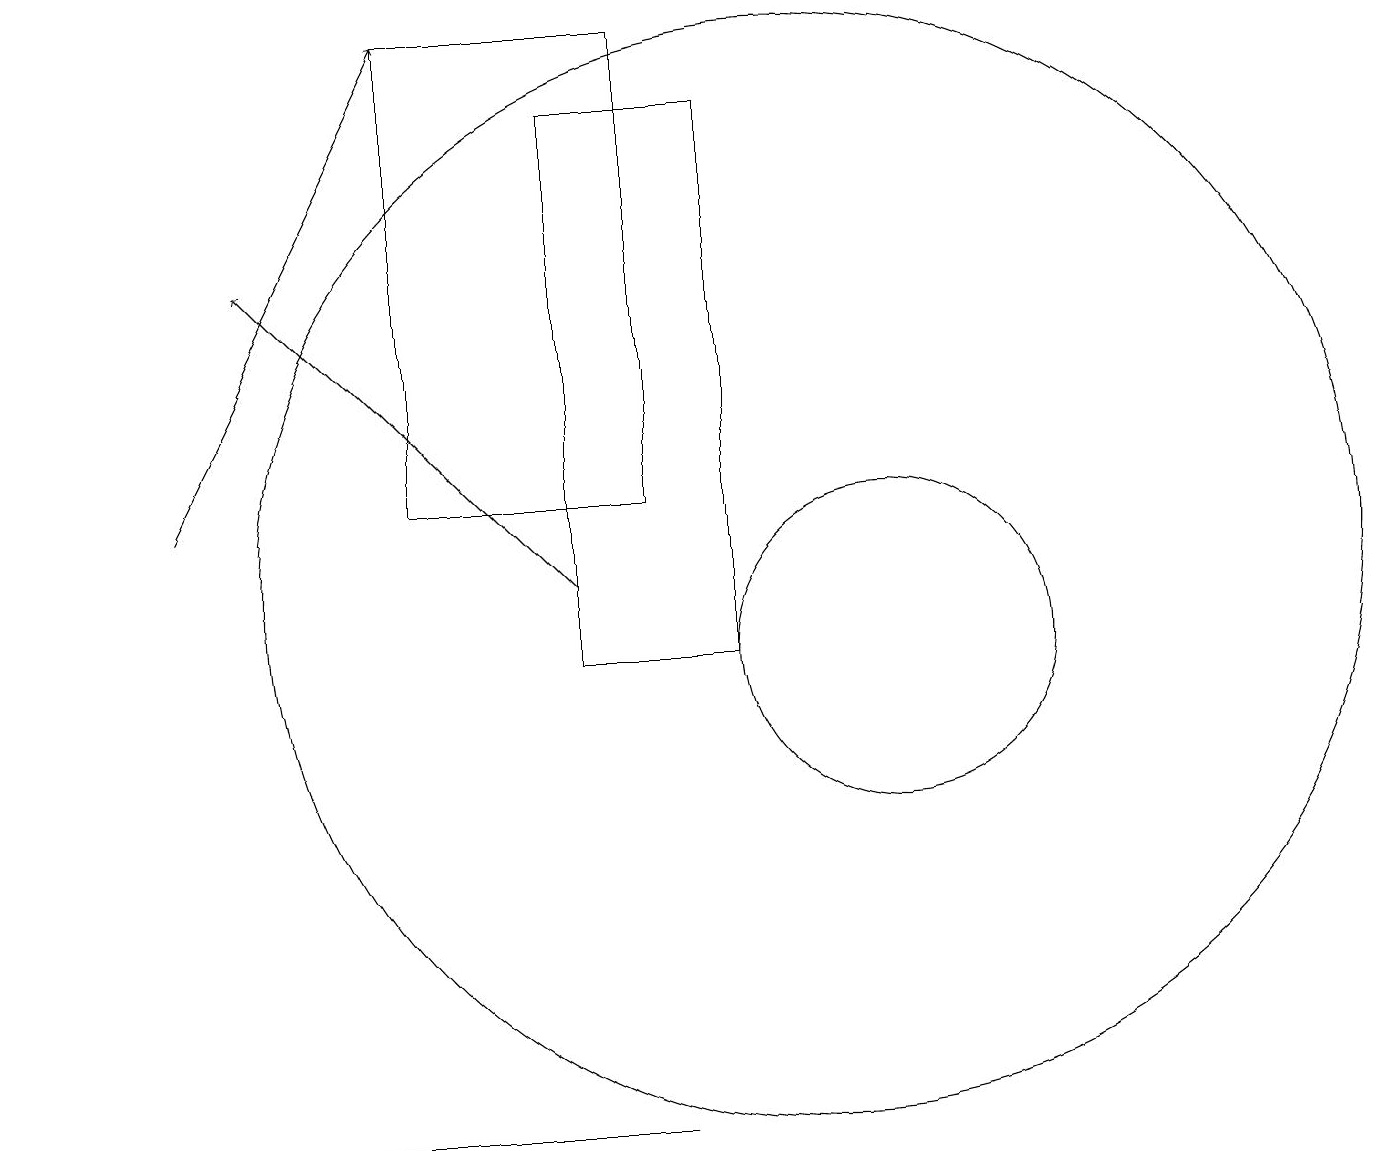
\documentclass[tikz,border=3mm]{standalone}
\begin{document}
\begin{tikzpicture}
\draw (9,11) rectangle (7,18);
\draw (11,11) circle (2);
\draw[->] (7,12) -- (3,16);
\draw (8,13) rectangle (5,19);
\draw (0,5) -- (8,5) -- (1,5) -- cycle;
\draw (10,12) circle (7);
\draw[->] (2,13) -- (5,19);
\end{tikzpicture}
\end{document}